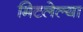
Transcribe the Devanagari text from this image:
मिटलेल्या